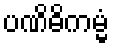
ပဏိဓိကမ္မံ